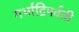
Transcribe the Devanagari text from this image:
गर्भाद्रिपर्वती